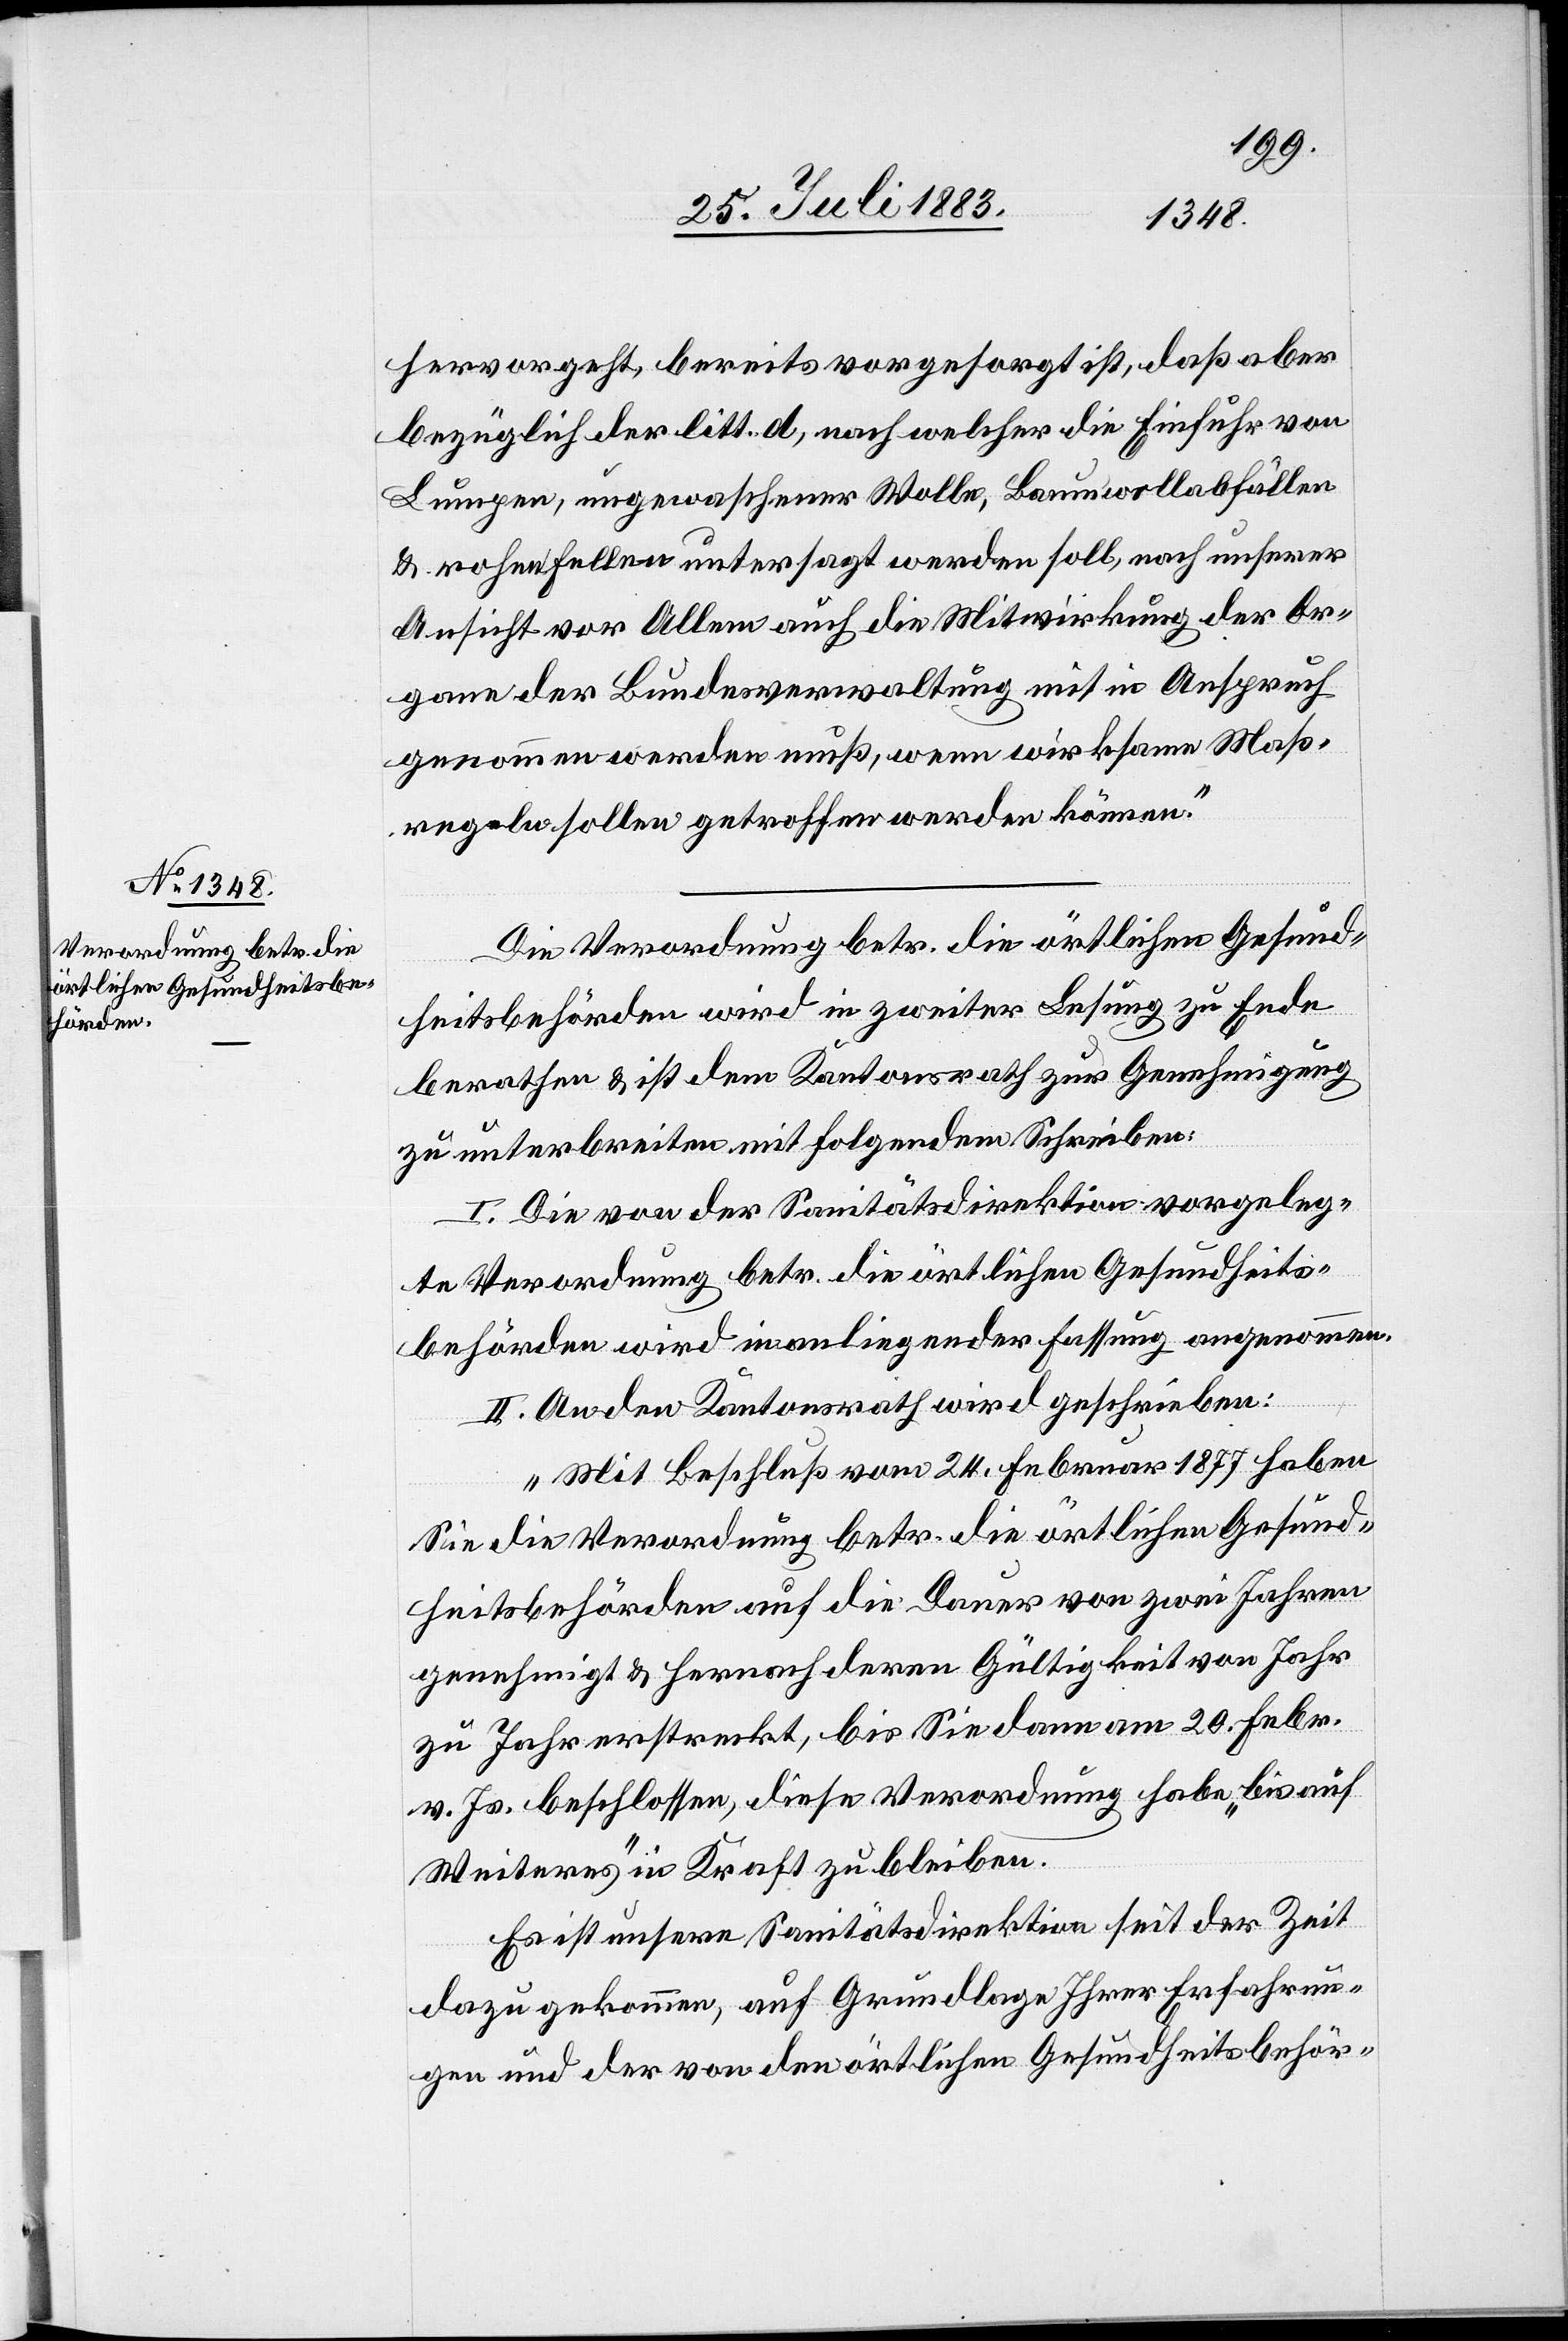
hervorgeht, bereits vorgesorgt ist, daß aber
bezüglich der litt. d, nach welcher die Einfuhr von
Lumpen, ungewaschener Wolle, Baumwollabfällen
& rohen Fellen untersagt werden soll, nach unserer
Ansicht vor Allem auch die Mitwirkung der Or¬
gane der Bundesverwaltung mit in Anspruch
genommen werden muß, wenn wirksame Maß¬
regeln sollen getroffen werden können.“
Die Verordnung betr. die örtlichen Gesund¬
heitsbehörden wird in zweiter Lesung zu Ende
berathen & ist dem Kantonsrath zur Genehmigung
zu unterbreiten mit folgendem Schreiben
I. Die von der Sanitätsdirektion vorgeleg¬
te Verordnung betr. die örtlichen Gesundheits¬
behörden wird in anliegender Fassung angenommen.
II. An den Kantonsrath wird geschrieben:
„Mit Beschluß vom 24. Februar 1877 haben
Sie die Verordnung betr. die örtlichen Gesund¬
heitsbehörden auf die Dauer von zwei Jahren
genehmigt & hernach deren Gültigkeit von Jahr
zu Jahr erstreckt, bis Sie dann am 20. Febr.
v. Js. beschlossen, diese Verordnung habe „bis auf
Weiteres“ in Kraft zu bleiben.
Es ist unsere Sanitätsdirektion seit der Zeit
dazu gekommen, auf Grundlage Ihrer Erfahrun¬
gen und den von den örtlichen Gesundheitsbehör-